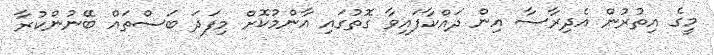
މީގެ އިތުރުން އެދިރާސާ އިން ދައްކާފައިވާ ގޮތުގައި އާންމުކޮށް މިފަދަ ބަސްތައް ބޭނުންކުރާ